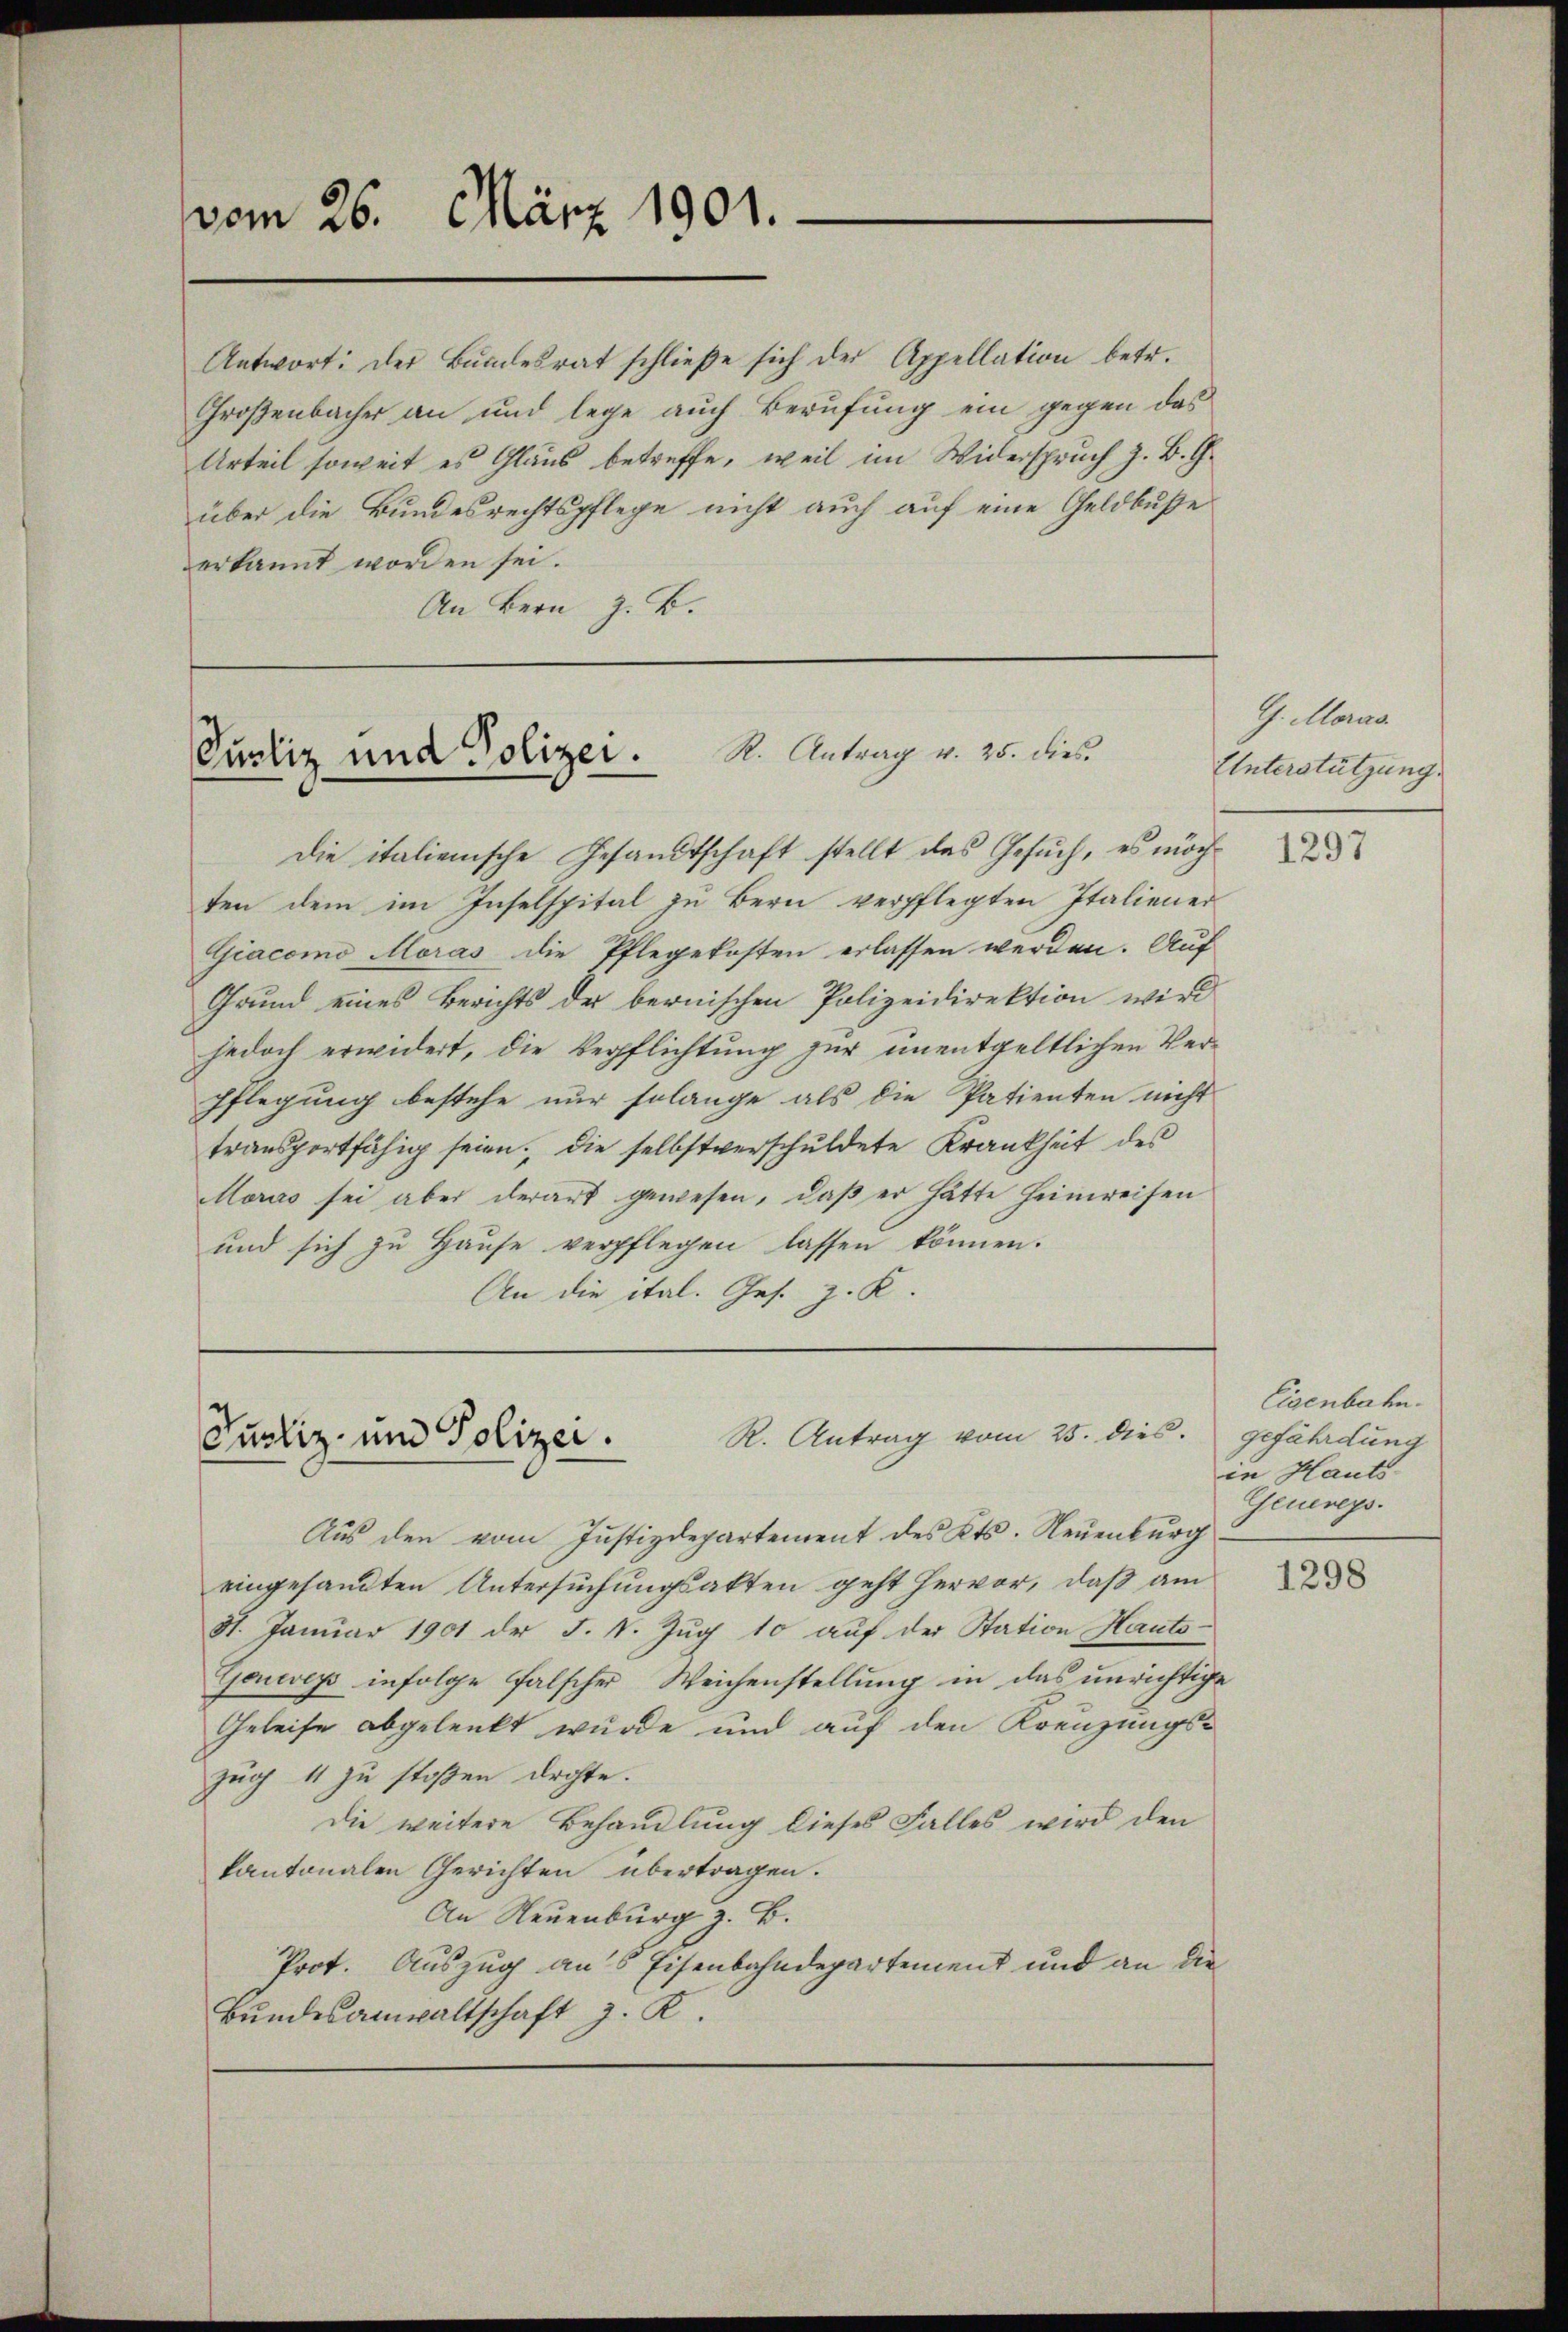
vom 26. März 1901.

Antwort: Der Bundesrat schließe sich der Appellation betr.
Großenbacher an und lege auch Berufung ein gegen das
Urteil soweit es Glaub betreffe, weil im Widerspruch z. B. G.
über die Bundesrechtspflege nicht auch auf eine Geldbuße
erkannt worden sei.
An Bern z. B.

Pustiz und Polizei. R. Antrag v. 25. dies

Die italienische Gesandtschaft stellt das Gesuch, es möchten dem im Inselspital zu Bern verpflegten Italiener
Giacomo Moras die Pflegekosten erlassen werden. Auf
Grund eines Berichts der bernischen Polizeidirektion wird
jedoch erwidert, die Verpflichtung zur unentgeltlichen Ver¬
Pflegung bestehe nur solange als die Patienten nicht
transportfähig seien, die selbstverschuldete Krankheit des
Moras sei aber derart gewesen, daß er hätte Heimreisen
und sich zu Hause verpflegen lassen können.
An die ital. Ges. z. K.

R. Antrag vom 25. dies
Jurliz- und Polizei.

Aus den vom Justizdepartement des Kts. Neuenburg
eingesandten Untersuchungsakten geht hervor, daß am
31. Januar 1901 der F. V. Zug 10 auf der Station Hauts¬
Gonerey infolge falscher Weichenstellung in das unrichtige
Geleise abgelenkt wurde und auf den Kreuzungs-
zug 11 zu stoßen drohte.
Die weitere Behandlung dieses Falles wird den
kantonalen Gerichten übertragen.
An Neuenburg z. B.
Prot. Auszug aus Eisenbahndepartement und an die
Bŭndesanwaltschaft z. R.

G. Moras
Unterstützung.

1297

Eisenbahn.
gefährdung
in Hauts
Genereys.

1298